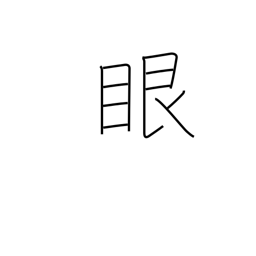
Meaning: eyeball